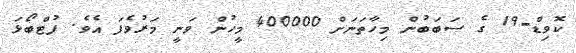
ކޮވިޑް-19 ގެ ސަބަބުން މިހާތަނަށް 400000 މީހުން ވަނީ މަރުވެފަ އެވެ. ފުޓްބޯޅަ